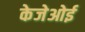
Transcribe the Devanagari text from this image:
केजेओई